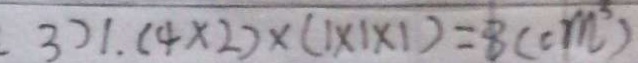
3 ) 1 . ( 4 \times 2 ) \times ( 1 \times 1 \times 1 ) = 8 ( c m ^ { 3 } )